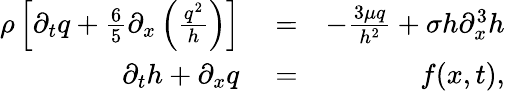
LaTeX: \begin{array}{rlr}{\rho\left[\partial_{t}q+\frac{6}{5}\partial_{x}\left(\frac{q^{2}}{h}\right)\right]}&{{}=}&{-\frac{3\mu q}{h^{2}}+\sigma h\partial_{x}^{3}h}\\ {\partial_{t}h+\partial_{x}q}&{{}=}&{f(x,t),}\end{array}